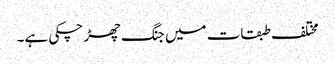
مختلف طبقات میں جنگ چھڑ چکی ہے۔